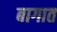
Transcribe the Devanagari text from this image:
बागात